Memorandum on the prevention of leprosy by segregation of the affected
Disease focus: Leprosy
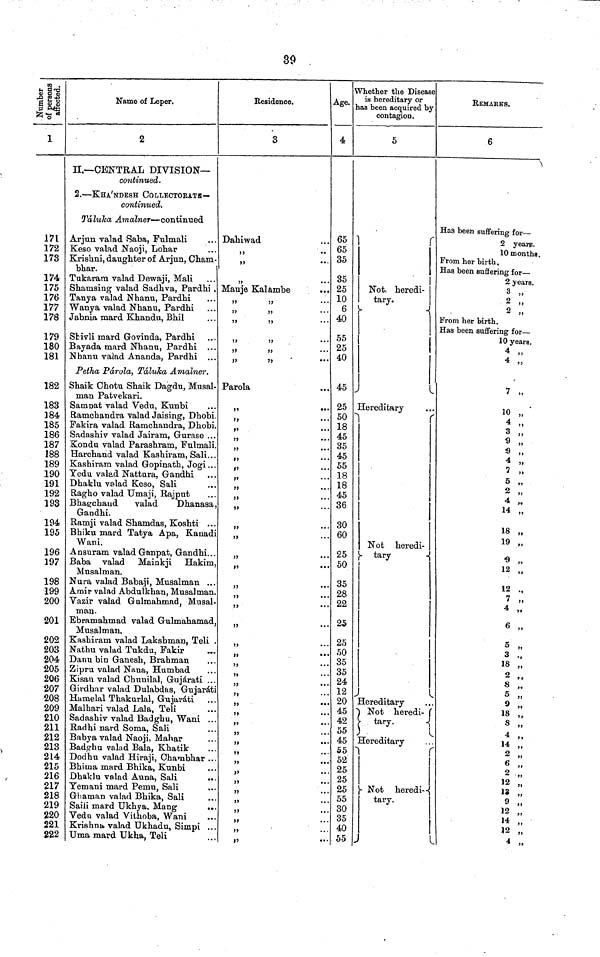
30
Number of person affected
1
171
172
173
174
175
176
177
178
179
180
181
182
183
184
185
186
187
188
189
190
191
192
193
194
195
196
197
198
199
200
201
202
203
204
205
206
207
208
209
210
211
212
213
214
215
216
217
218
219
220
221
222
Name of Leper.
2
II,— CENTRAL DIVISION—
continued.
2. — KHA'NDESH COLLECTORATS—
continued.
Taluka Amalner — continued
Arjun valad Saba, Fulmali
Keso valad Naoji, Lohar
Krishni, daughter of Arjun, Cham-
bhar.
Tukarara valad Dewaji, Mali
Shamsing valad Sadhva, Pardhi .
Tanya valad Nhanu, Pardhi
Wanya valad Nhanu, Pardhi
Jabnia mard Khandu, Bhil
Stivli mard Govinda, Pardhi
Bayada mard Nhanu, Pardhi ...
Nhanu valad Ananda, Pardhi ...
Petha Padrola, Taluka Amalner.
Shaik Chotu Shaik Dagdu, Musal-
man Patvekari.
Sampat valad Vedu, Kunbi
Ramchandra valad Jaising, Dhobi.
Fakira valad Ramchandra, Dhobi.
Sadashiv valad Jairam, Gurase ...
Kondu valad Parashram, Fulmali.
Harchand valad Kashiram, Sali...
Kashiram valad Gopinath, Jogi...
Yedu valad Nattura, Gandhi
Dhaklu Valad Keso, Sali
Ragho valad Umaji, Rajput
Bhagchand
valad
Dhanasa
Gandhi.
Ramji valad Shamdas, Koshti ...
Bhiku mard Tatya Apa, Kanadi
Wani.
Ansuram valad Ganpat, Gandhi..
Baba valad Mainkji
Hakim
Musalman.
Nura valad Babaji, Musalman ..
Amir valad Abdulkhan, Musalman
Vazir valad Gulmahmad, Musal
man.
Ebramahmad valad Gulmahamad
Musalman.
Kashiram valad Laksbman, Teli
Nathu valad Tukdu, Fakir
Danu bin Ganesh, Brahman
Zipru valad Nana, Humbad
Kisati valad Chunilal, Gujarati ..
Girdhar valad Dulabdas, Gujarat
Hamelal Thakurlal, Gujarati
Malhari valad Lala, Teli
Sadashiv valad Badghu, Wani
Radhi nard Soma, Sali
Babya valad Naoji, Mahar
Badghu valad Bala, Khatik
Dodhn valad Hiraji, Chambhar
Bhiina mard Bhika, Kunbi
Dhaklu valad Auna, Sali
Yemani mard Pemu, Sali
Ghaman valad Bhika, Sali
Saili mard Ukhya. Mang
Veda valad Vithoba, Wani
Krishna valad Ukhadu, Simpi
Uma mard Ukha, Teli
Residence.
3
Dahiwad
"
"
"
Mauje Kalambe
"
"
"
"
"
"
"
"
"
"
"
"
Parola
"
"
"
"
"
"
|"
,,
"
"
"
"
"
"
"
"
"
"
"
"
"
"
"|
"
"
"
,,
"
,,
"
"
"
"
"
"
"
"
"
"
V
Age.
4
65
65
35
35
25
10
6
40
55
25
40
45
25
50
18
45
35
45
55
18
18
45
36
30
60
25
50
35
28
22
25
25
50
35
35
24
12
20
45
42
55
45
55
52
25
25
25
55
30
35
40
55
Whether the Disease
is hereditary or
las been acquired by
contagion.
5
Not heredi-
tary.
Hereditary
Not heredi-
tary
Hereditary
Not heredi-
tary.
Hereditary
Not heredi-
tary.
REMARKS.
6
Has been suffering fox-—
2 years.
10 months.
From her birth.
Has been suffering for —
2 years.
3 „
2 „
2 „
From her birth.
Has been suffering for —
10 years.
4 „
4 „
7 „
10 "
4 "
3 "
9 "
9
"
4 „
7 „
5 "
2 "
4 "
14 "
12 "
13 „
19 „
9 "
12 "
12 "
7 "
4 „
6 „
5 „
3 .,
18 „
2 „
8 „
5 „
9 ,,
18 „
8 „
4 "
14 "
2 "
6 "
2 „
12 „
12 "
9 „
12 „
14 „
12 „
4 „